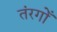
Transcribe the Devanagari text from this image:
तंरगोँ